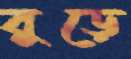
বুড়ে